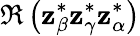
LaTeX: \Re\left(\mathbf{z}_{\beta}^{*}\mathbf{z}_{\gamma}^{*}\mathbf{z}_{\alpha}^{*}\right)